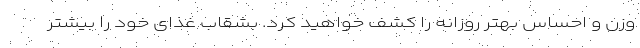
وزن و احساس بهتر روزانه را کشف خواهید کرد. بشقاب غذای خود را بیشتر